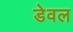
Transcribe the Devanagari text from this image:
डेवल